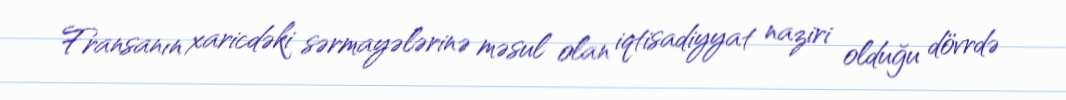
Fransanın xaricdəki sərmayələrinə məsul olan iqtisadiyyat naziri olduğu dövrdə